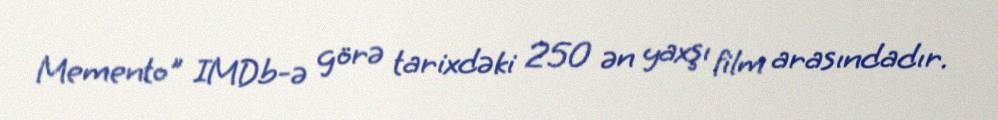
Memento" IMDb-ə görə tarixdəki 250 ən yaxşı film arasındadır.